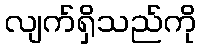
လျက်ရှိသည်ကို